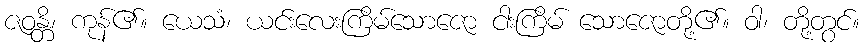
ဇဝန္တိ၊ ကုန်၏။ ယေသံ၊ ယင်းလေးကြိမ်သောဇော ငါးကြိမ် သောဇောတို့၏။ ဝါ၊ တို့တွင်။